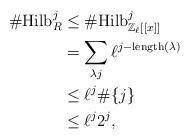
LaTeX: \begin{align*} \# \mathrm{Hilb}_R^j &\leq \# \mathrm{Hilb}_{\mathbb{Z}_\ell[[x]]}^j \\&= \sum_{\lambda j} \ell^{j - \mathrm{length}(\lambda)} \\&\leq \ell^j \# \{ j \} \\&\leq \ell^j 2^j,\end{align*}